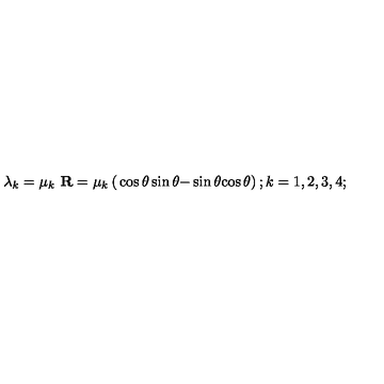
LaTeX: \lambda _ { k } = \mu _ { k } \ { \bf R } = \mu _ { k } \left( \begin{matrix} { \hfill \cos \theta } & { \sin \theta } \\ { \hfill - \sin \theta } & { \cos \theta } \\ \end{matrix} \right) ; k = 1 , 2 , 3 , 4 ;